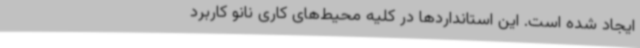
ایجاد شده است. این استانداردها در کلیه محیط‌های کاری نانو کاربرد